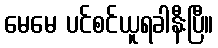
မေမေ ပင်စင်ယူရခါနီးပြီ။